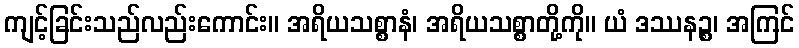
ကျင့်ခြင်းသည်လည်းကောင်း။ အရိယသစ္စာနံ၊ အရိယသစ္စာတို့ကို။ ယံ ဒဿနဉ္စ၊ အကြင်